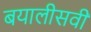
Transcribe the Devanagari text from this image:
बयालीसवीं